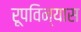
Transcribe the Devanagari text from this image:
रूपविन्यास